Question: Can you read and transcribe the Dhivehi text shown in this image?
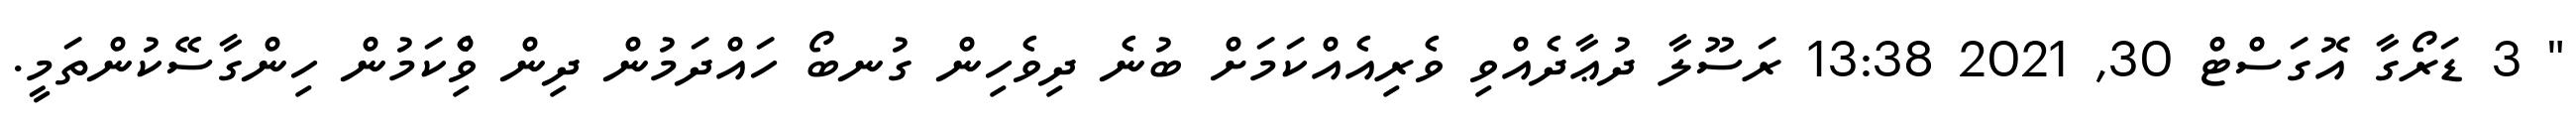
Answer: " 3 ޑަރޯގާ އޮގަސްޓް 30, 2021 13:38 ރަސޫލާ ދުޢާދެއްވި ވެރިއެއްކަމަށް ބުނެ ދިވެހިން ގުނބޯ ހައްދަމުން ދިން ވިެްކަމުން ހިންގާސޭކުންތަމީ.